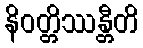
နိဝတ္တိဿန္တီတိ